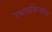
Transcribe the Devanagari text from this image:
स्थलविन्यास